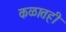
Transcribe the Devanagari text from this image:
कळातही